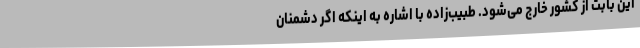
این بابت از کشور خارج می‌شود. طبیب‌زاده با اشاره به اینکه اگر دشمنان